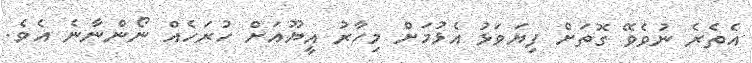
އެތެރެ ނުވެވޭ ގޮތަށް ފިޔަވަޅު އެޅުމަށް މިހާރު އީޔޫއަށް ހުރަހެއް ނޯންނާނެ އެވެ.